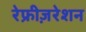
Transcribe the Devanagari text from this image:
रेफ्रीज़रेशन